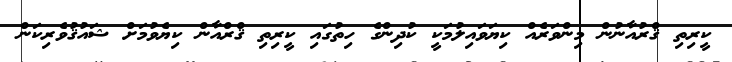
ކީރިތި ޤްރުއާނުން މިންވަރެއް ކިޔަވައިލުމަކީ ކުދިންގެ ހިތުގައި ކީރިތި ޤްރްއާން ކިޔެވުމަށް ޝައުޤުވެރިކަން